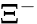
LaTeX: \Xi^{-}